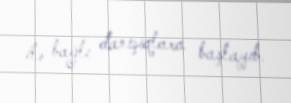
ilə bağlı danışıqlara başlayıb.